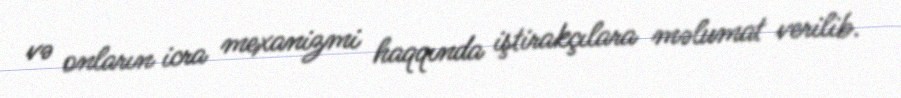
və onların icra mexanizmi haqqında iştirakçılara məlumat verilib.